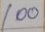
100